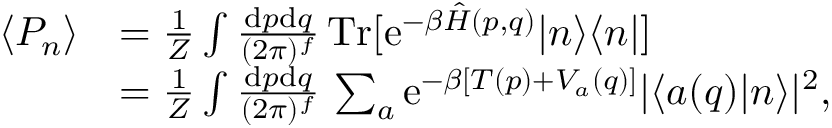
\begin{array} { r l } { \langle P _ { n } \rangle } & { = \frac { 1 } { Z } \int \frac { \mathrm { d } p \mathrm { d } q } { ( 2 \pi ) ^ { f } } \, \mathrm { T r } [ \mathrm { e } ^ { - \beta \hat { H } ( p , q ) } | n \rangle \langle n | ] } \\ & { = \frac { 1 } { Z } \int \frac { \mathrm { d } p \mathrm { d } q } { ( 2 \pi ) ^ { f } } \, \sum _ { a } \mathrm { e } ^ { - \beta [ T ( p ) + V _ { a } ( q ) ] } | \langle a ( q ) | n \rangle | ^ { 2 } , } \end{array}